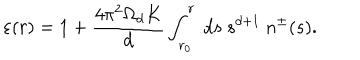
\varepsilon ( r ) = 1 + \frac { 4 \pi ^ { 2 } \Omega _ { d } K } { d } \int _ { r _ { 0 } } ^ { r } ~ d s ~ s ^ { d + 1 } ~ n ^ { \pm } ( s ) .